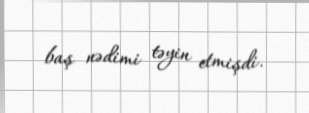
baş nədimi təyin etmişdi.